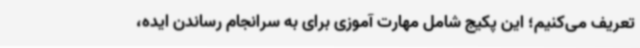
تعریف می‌کنیم؛ این پکیج شامل مهارت آموزی برای به سرانجام رساندن ایده،